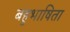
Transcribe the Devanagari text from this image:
बहुभाषिता